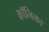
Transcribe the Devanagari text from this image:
क्रॉनिका